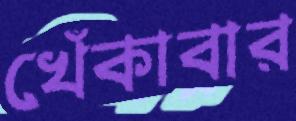
খেঁকাবার